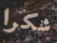
شكرا